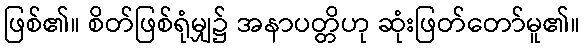
ဖြစ်၏။ စိတ်ဖြစ်ရုံမျှ၌ အနာပတ္တိဟု ဆုံးဖြတ်တော်မူ၏။